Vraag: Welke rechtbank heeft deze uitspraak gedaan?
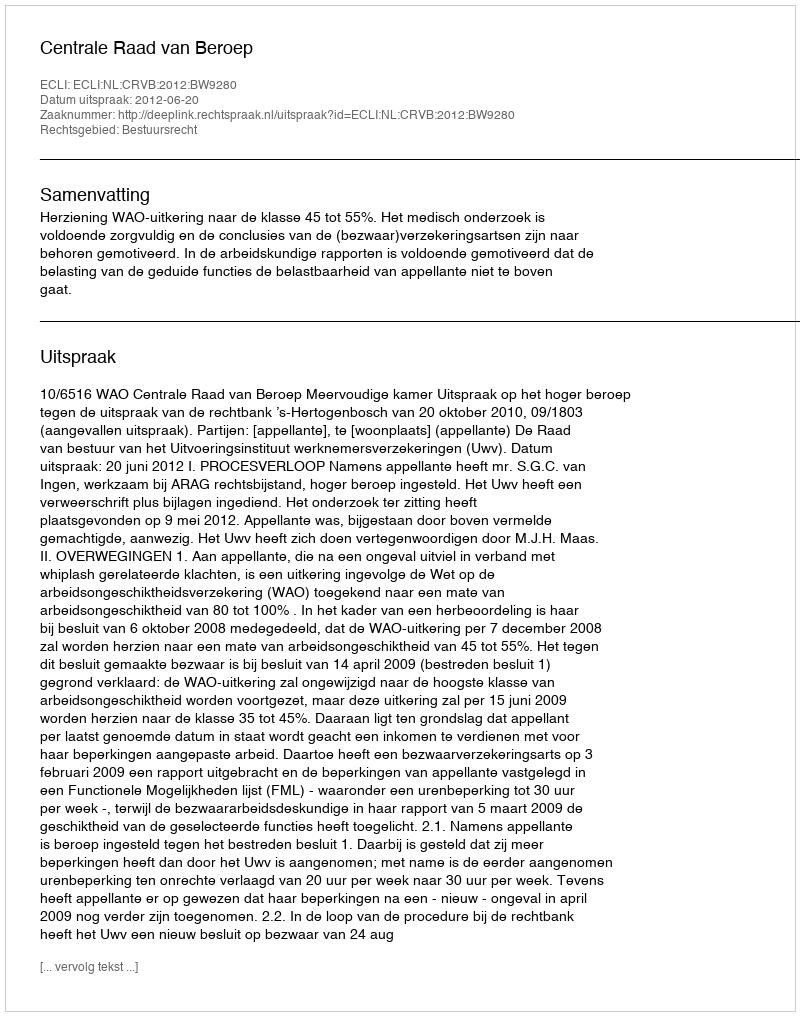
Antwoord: Centrale Raad van Beroep